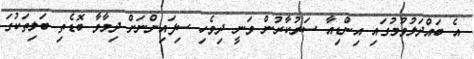
އެ ބައްދަލުވުމުގައި އިންޑިއާ ސަރުކާރުން ވަނީ ދިވެހި ސިފައިންނަށް ދިމާވާ ބޮޑެތި ބަލިތަކުގަ